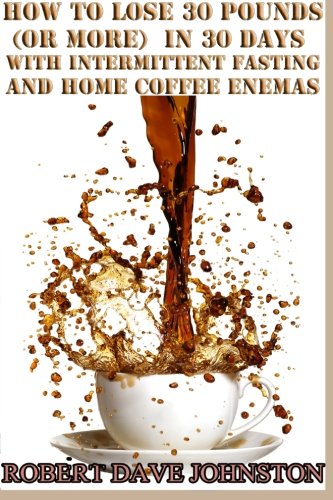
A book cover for Lose 30 Pounds (Or More) in 30 Days With Intermittent Fasting & 'Home' Coffee (Detoxify Your Body, Lose Weight, Get Healthy & Transform Your Life) (Volume 3); Robert Dave Johnston; Health, Fitness & Dieting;